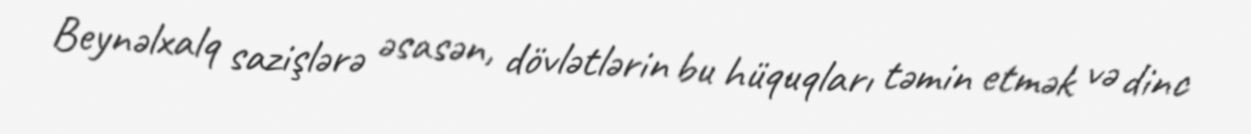
Beynəlxalq sazişlərə əsasən, dövlətlərin bu hüquqları təmin etmək və dinc